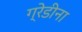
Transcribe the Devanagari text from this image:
ग्रेडीना